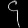
Digit: ၄